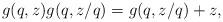
LaTeX: \begin{align*}g(q,z)g(q,z/q)=g(q,z/q)+z,\end{align*}